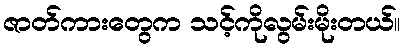
ဇာတ်ကားတွေက သင့်ကိုလွမ်းမိုးတယ်။